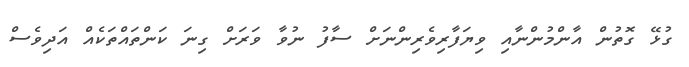
ގުޅޭ ގޮތުން އާންމުންނާއި ވިޔަފާރިވެރިންނަށް ސާފު ނުވާ ވަރަށް ގިނަ ކަންތައްތަކެއް އަދިވެސް